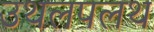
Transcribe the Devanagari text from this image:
उथलपलथ